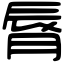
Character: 脣